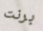
برنت